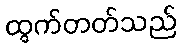
ထွက်တတ်သည်